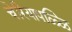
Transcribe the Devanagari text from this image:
चेरियापळ्ळि